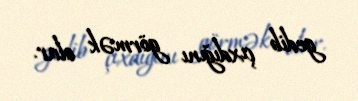
gedib çıxdığını görmək olar.